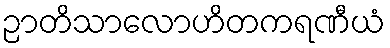
ဉာတိသာလောဟိတကရဏီယံ